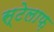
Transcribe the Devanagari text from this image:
स्टेलाफ़